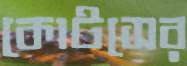
কোটসের